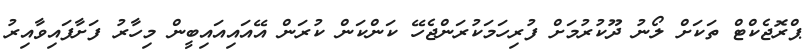
ޕްރޮޖެކްޓް ތަކަށް ލޯނު ދޫކުރުމަށް ފުރިހަމަކުރަންޖެހޭ ކަންކަން ކުރަން އޭއައިއައިބީން މިހާރު ފަށާފައިވާއިރު